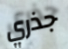
جذري